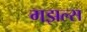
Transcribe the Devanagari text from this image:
गझल्स